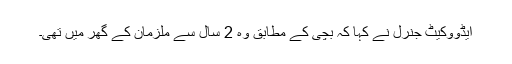
ایڈووکیٹ جنرل نے کہا کہ بچی کے مطابق وہ 2 سال سے ملزمان کے گھر میں تھی۔